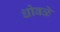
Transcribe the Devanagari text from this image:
धोबळे